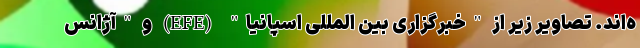
ه‌اند. تصاویر زیر از "خبرگزاری بین المللی اسپانیا" (EFE) و "آژانس